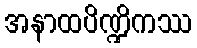
အနာထပိဏ္ဍိကဿ